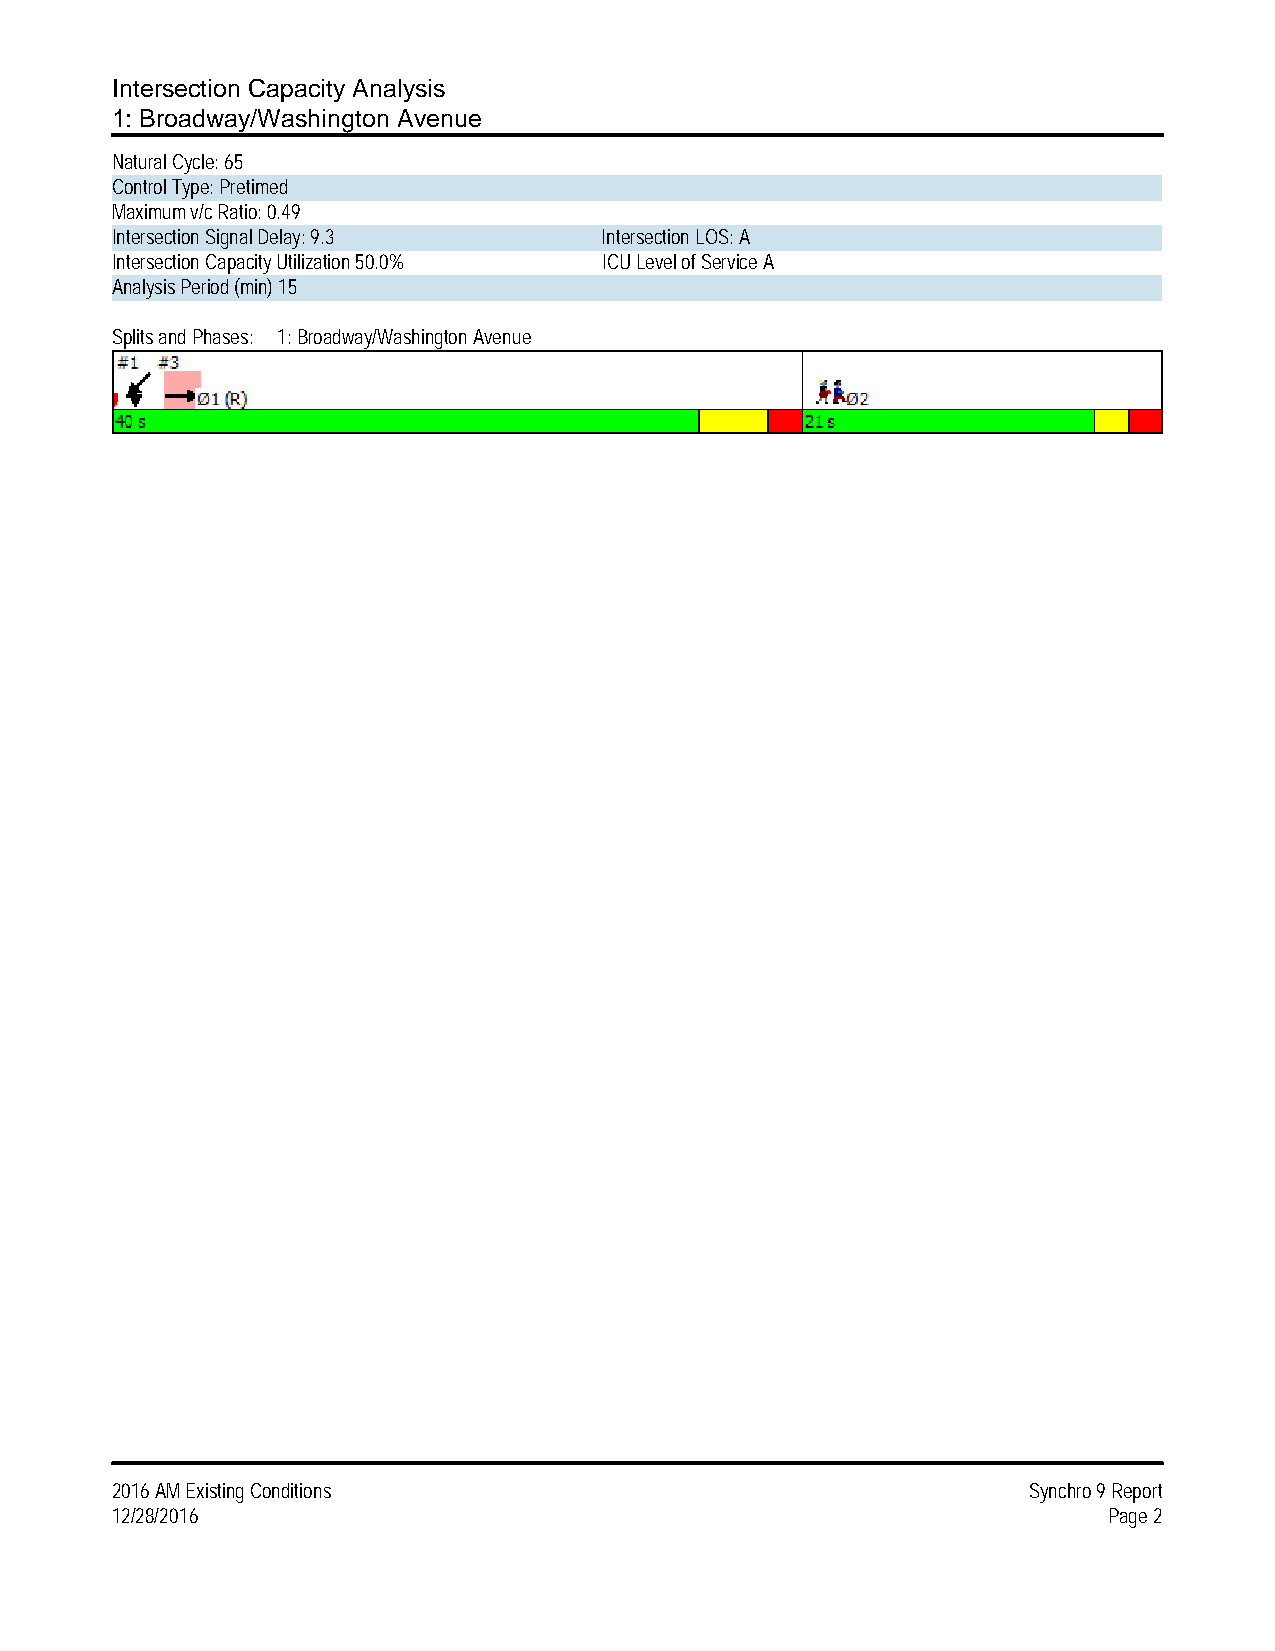
Intersection Capacity Analysis
 1: Broadway/Washington Avenue
 Natural Cycle: 65
 Control Type: Pretimed
 Maximum v/c Ratio: 0.49
 Intersection Signal Delay: 9.3   Intersection LOS: A
 Intersection Capacity Utilization 50.0% ICU Level of Service A
 Analysis Period (min) 15
 Splits and Phases: 1: Broadway/Washington Avenue
 2016 AM Existing Conditions                                  Synchro 9 Report
 12/28/2016                                                        Page 2